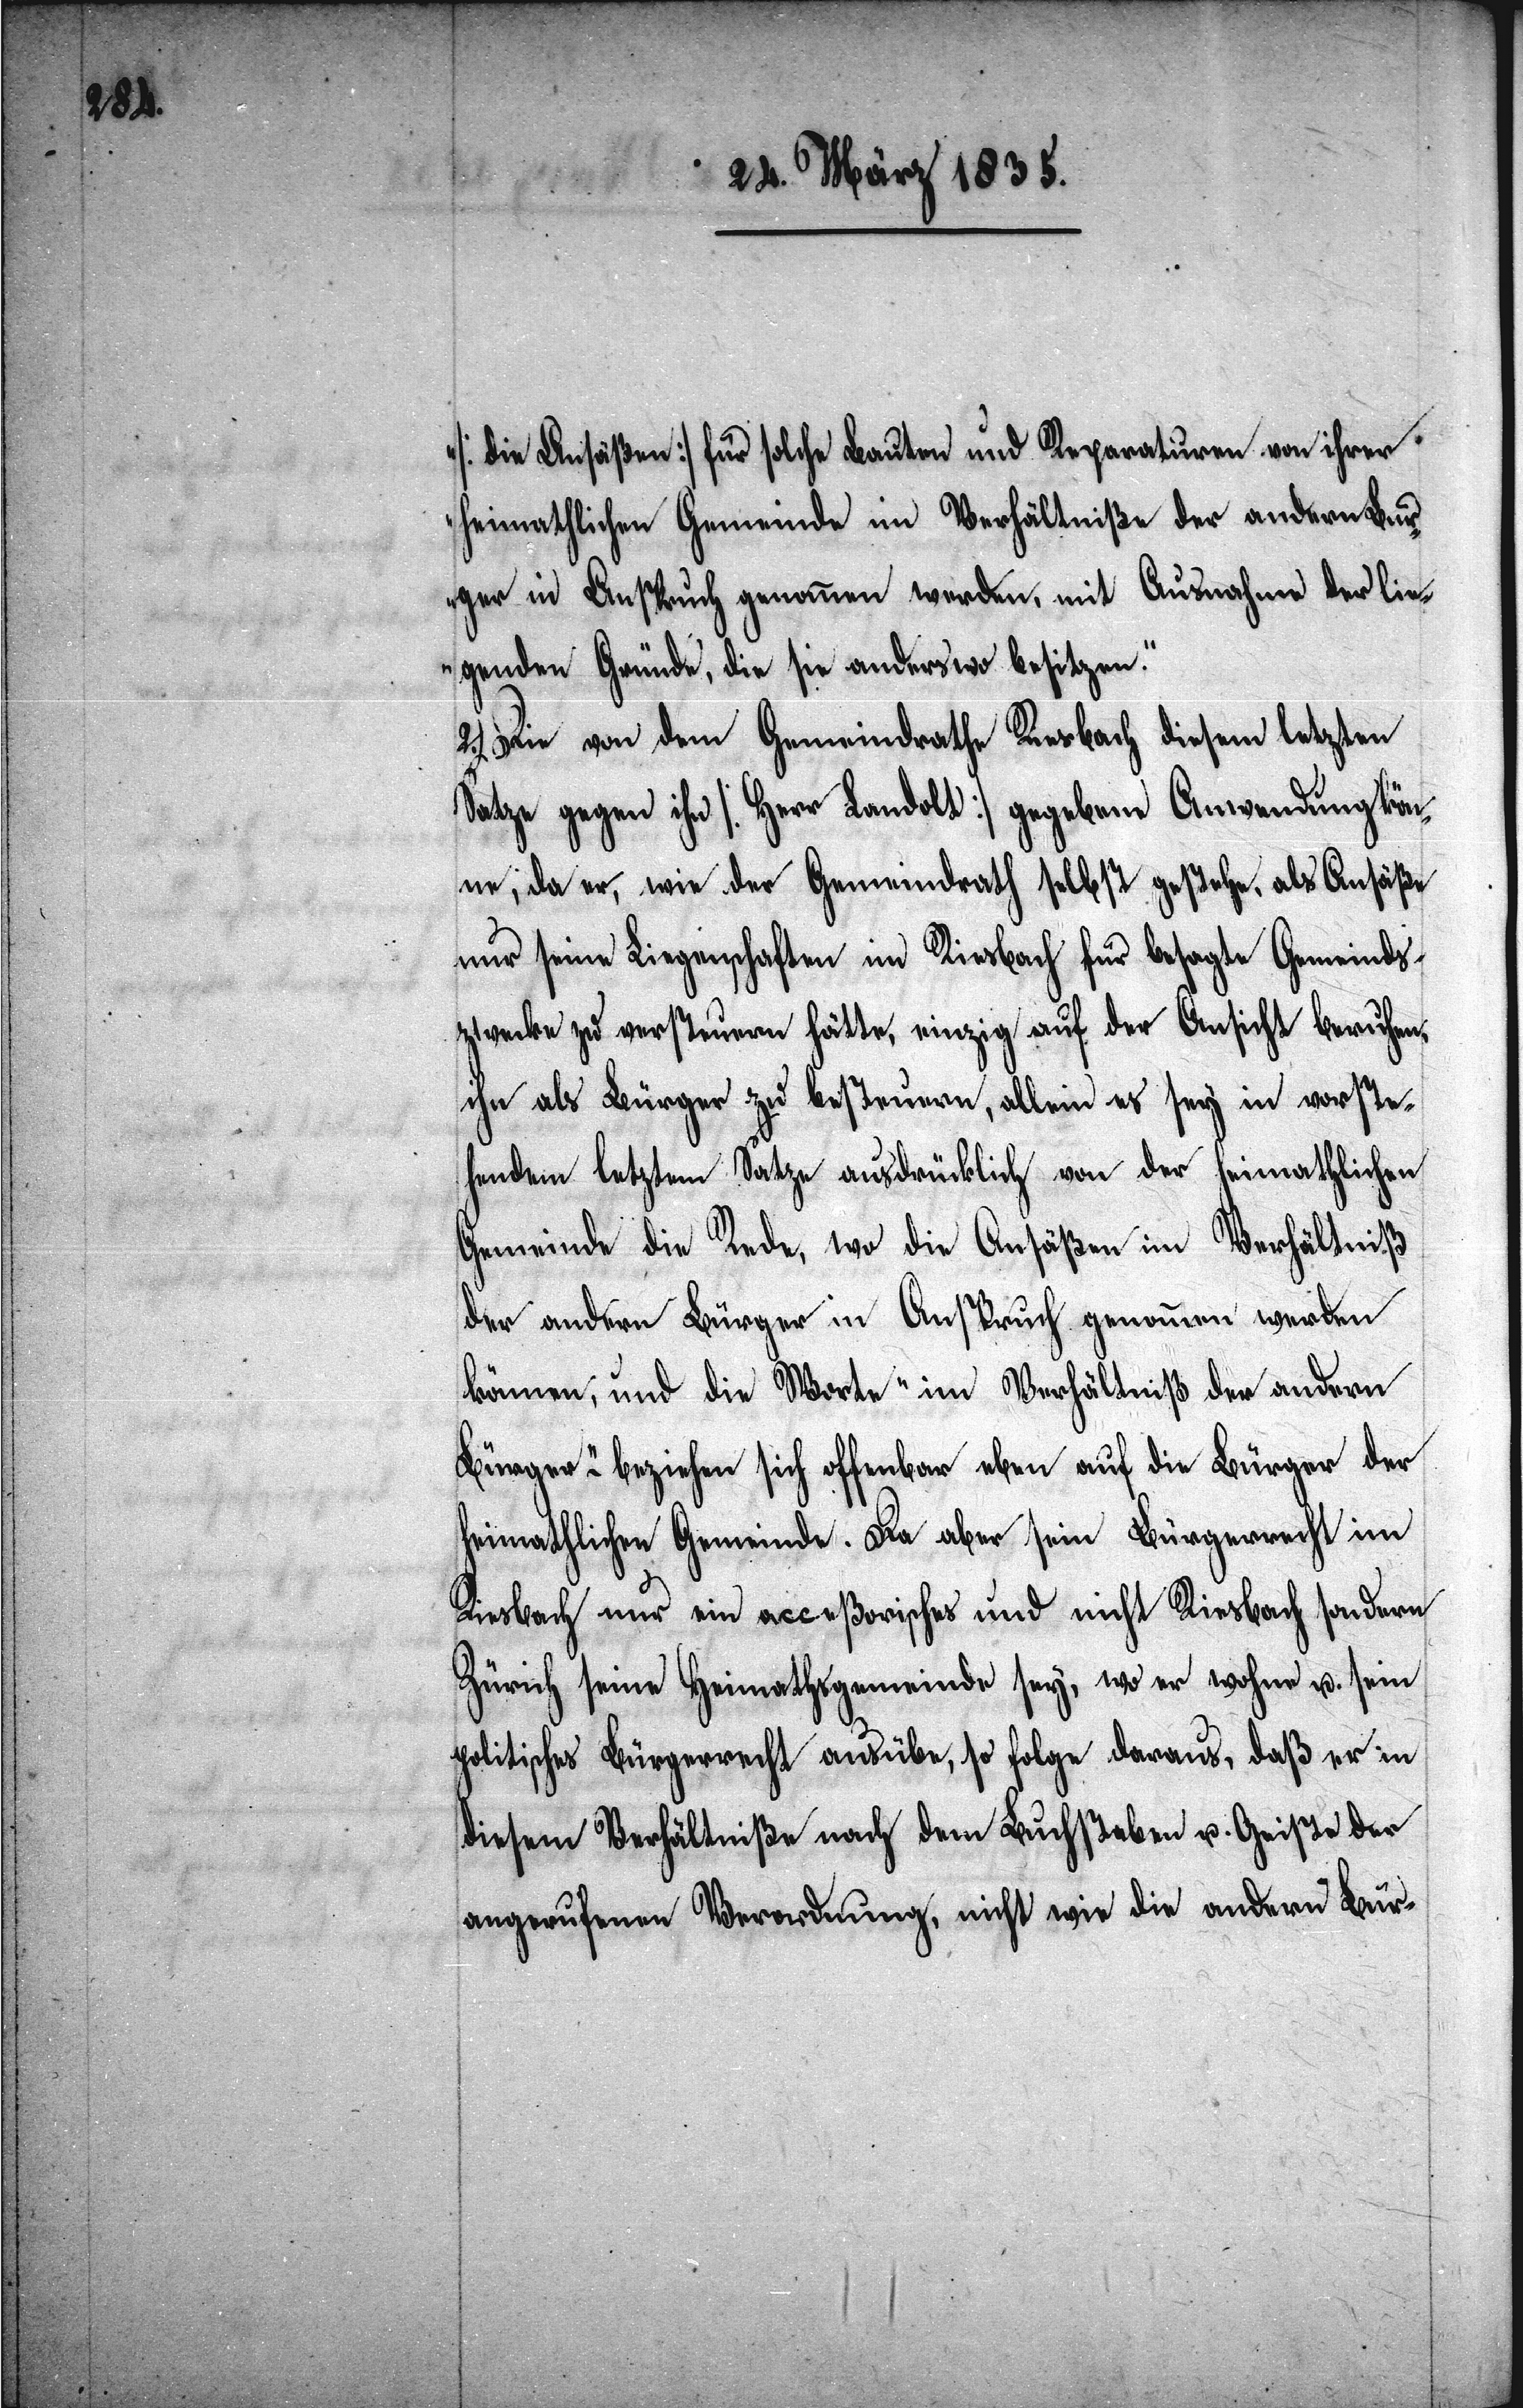
[die Ansäßen] für solche Bauten und Reparaturen von ihrer
heimathlichen Gemeinde im Verhältniße der andern Bür¬
ger in Anspruch genommen werden, mit Ausnahme der lie¬
genden Gründe, die sich anderswo besitzen.“
2.) Die von dem Gemeindrathe Riesbach diesem letzten
Satze gegen ihn [Herr Landolt] gegebene Anwendung kön¬
ne, da er, wie der Gemeindrath selbst gestehe, als Ansäße
nur seine Liegenschaften im Riesbach für besagte Gemeinds¬
zwecke zu versteuern hätte, einzig auf der Ansicht beruhen,
ihn als Bürger zu besteuern, allein es sey in vorste¬
hendem letztem Satze ausdrücklich von der heimathlichen
Gemeinde die Rede, wo die Ansäßen im Verhältniß
der andern Bürger in Anspruch genommen werden
können, und die Worte „im Verhältniß der andern
Bürger“ – beziehen sich offenbar eben auf die Bürger der
heimathlichen Gemeinde. Da aber sein Bürgerrecht im
sondern
Riesbach nur ein acceßorisches und nicht Riesbach
Zürich seine Heimathsgemeinde sey, wo er wohne u. sein
politisches Bürgerrecht ausübe, so folge daraus, daß er in
diesem Verhältniße nach dem Buchstaben u. Geiste der
angerufenen Verordnung, nicht wie die andern Bür-